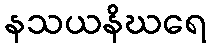
နသယနိဃရေ